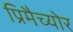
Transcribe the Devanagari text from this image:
प्रिमैच्योर